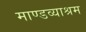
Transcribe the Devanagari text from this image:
माण्डव्याश्रम